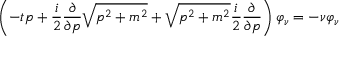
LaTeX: \left( - t p + \frac { i } { 2 } \frac { \partial } { \partial p } \sqrt { p ^ { 2 } + m ^ { 2 } } + \sqrt { p ^ { 2 } + m ^ { 2 } } \frac { i } { 2 } \frac { \partial } { \partial p } \right) \varphi _ { \nu } = - \nu \varphi _ { \nu }